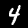
Digit: 4